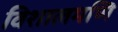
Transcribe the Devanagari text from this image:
विशालमणि